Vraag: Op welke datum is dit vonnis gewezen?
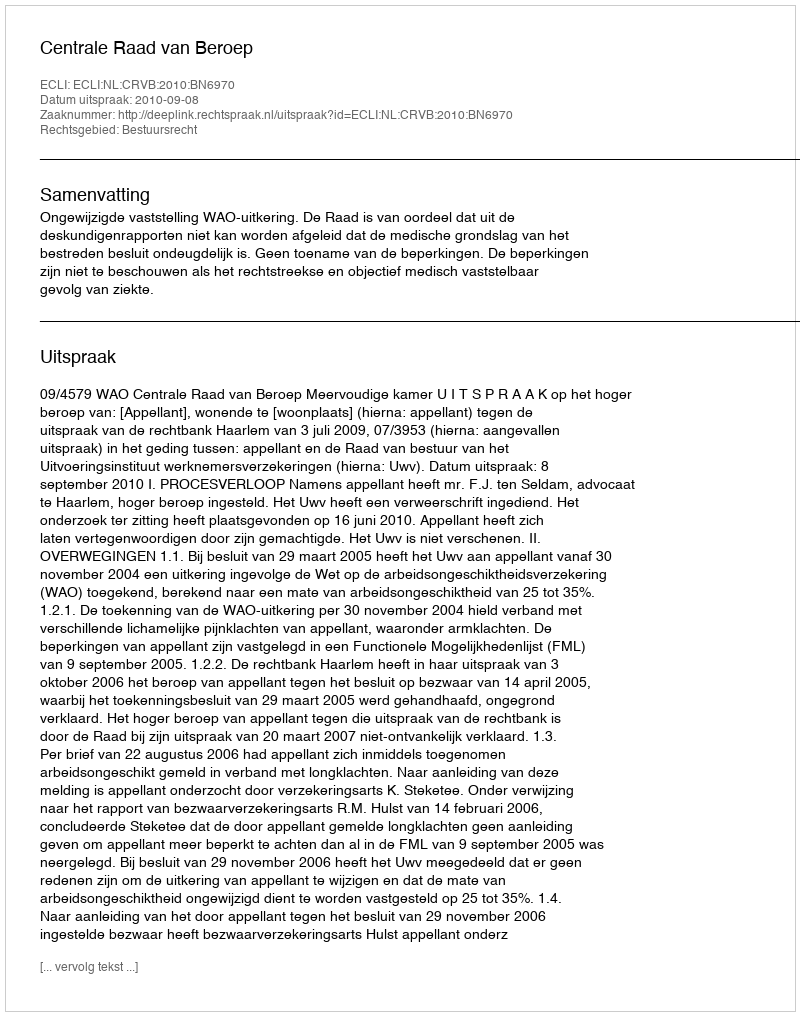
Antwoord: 2010-09-08